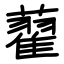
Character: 藋